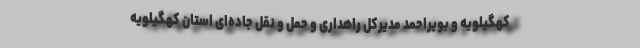
کهگیلویه و بویراحمد مدیرکل راهداری و حمل و نقل جاده‌ای استان کهگیلویه